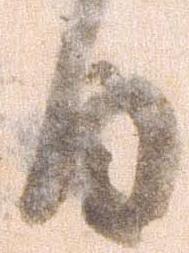
日